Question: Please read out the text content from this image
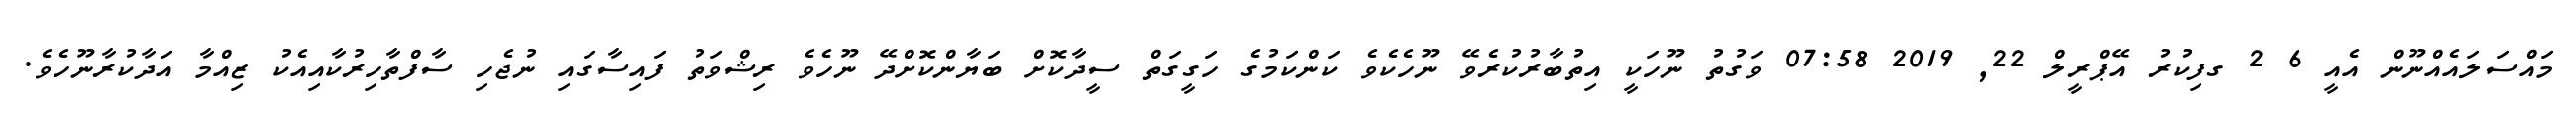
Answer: މައްސަލައެއްނޫން އެއީ 6 2 ގފިކުރު އޭޕްރީލް 22, 2019 07:58 ވަގުތު ނޫހަކީ އިތުބާރުކުރެވޭ ނޫހެކެވެ ކަންކަމުގެ ހަގީގަތް ސީދާކޮށް ބަޔާންކޮށްދޭ ނޫހެވެ ރިޝްވަތު ފައިސާގައި ނުޖެހި ސާފްތާހިރުކާއިއެކު ޒިއްމާ އަދާކުރާނޫހެވެ.